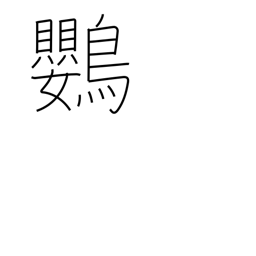
Meaning: parrot